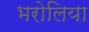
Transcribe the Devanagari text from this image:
भरोलिया